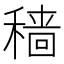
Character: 穑